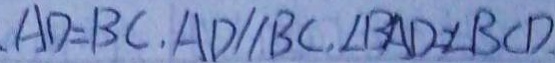
A D = B C , A D / / B C , \angle B A D = \angle B C D